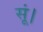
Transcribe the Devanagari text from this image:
सूं।